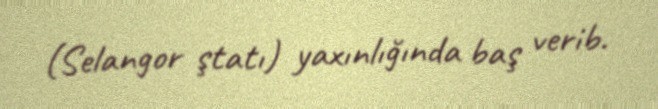
(Selangor ştatı) yaxınlığında baş verib.